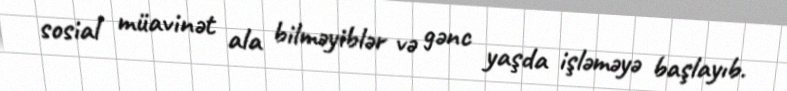
sosial müavinət ala bilməyiblər və gənc yaşda işləməyə başlayıb.